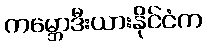
ကမ္ဘောဒီးယားနိုင်ငံက